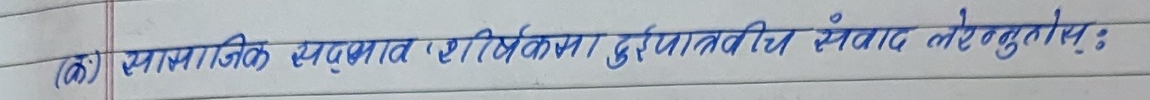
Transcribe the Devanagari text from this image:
(क) सामाजिक सञ्जालमा शीर्षकमा दूरभाषबीच संवाद लेख्नुहोस् :